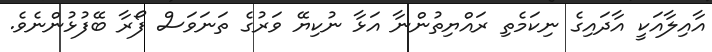
އާއިލާއަކީ އާދައިގެ ނިކަމެތި ރައްޔިތުންނާ އަޅާ ނުކިޔޭ ވަރުގެ ތަނަވަސް ފޯރާ ބޭފުޅުންނެވެ.